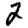
Digit: 2